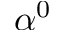
\alpha ^ { 0 }